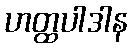
ဟတ္ထပါဒါန